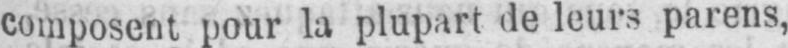
composent pour la plupart de leurs parens,